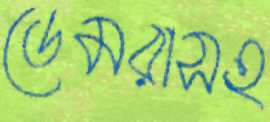
ডেমরাসহ